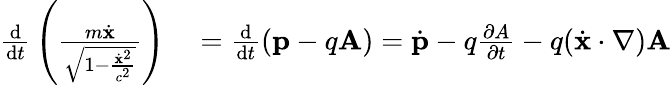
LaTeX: \begin{array}{rl}{{\frac{\mathrm{d}}{\mathrm{d}t}}\left({\frac{m{\dot{\mathbf{x}}}}{\sqrt{1-{\frac{{\dot{\mathbf{x}}}^{2}}{c^{2}}}}}}\right)}&{{}={\frac{\mathrm{d}}{\mathrm{d}t}}(\mathbf{p}-q\mathbf{A})={\dot{\mathbf{p}}}-q{\frac{\partial A}{\partial t}}-q({\dot{\mathbf{x}}}\cdot\nabla)\mathbf{A}}\end{array}